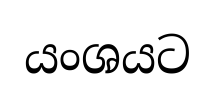
යංශයට